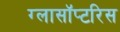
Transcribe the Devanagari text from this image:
ग्लासॉप्टरिस